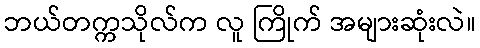
ဘယ်တက္ကသိုလ်က လူ ကြိုက် အများဆုံးလဲ။